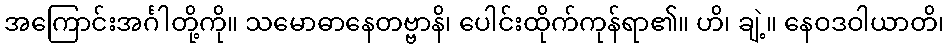
အကြောင်းအင်္ဂါတို့ကို။ သမောဓာနေတဗ္ဗာနိ၊ ပေါင်းထိုက်ကုန်ရာ၏။ ဟိ၊ ချဲ့။ နေဝဒဝါယာတိ၊